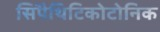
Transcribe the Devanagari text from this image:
सिंपैथिटिकोटोनिक